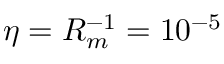
\eta = R _ { m } ^ { - 1 } = 1 0 ^ { - 5 }